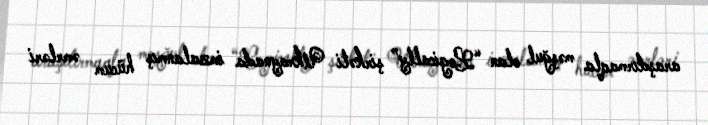
araşdırmaqla məşğul olan “Logically” şirkəti Ukraynada imzalanmış hücum əmrləri